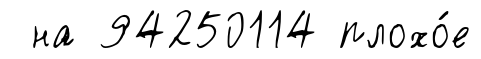
на 94250114 плохо́е